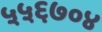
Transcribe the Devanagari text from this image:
५५६७०४